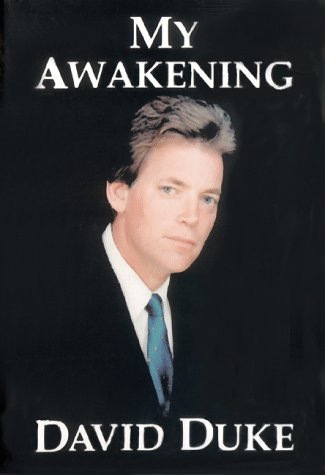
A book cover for My Awakening: A Path to Racial Understanding; David Ernest Duke; Biographies & Memoirs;